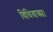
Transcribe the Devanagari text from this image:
विधिवाक्य।